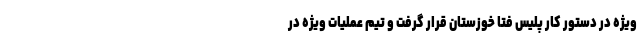
ویژه در دستور کار پلیس فتا خوزستان قرار گرفت و تیم عملیات ویژه در